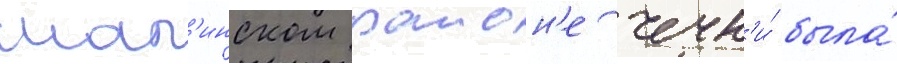
шал'инском раион'е чечн'и́ была́